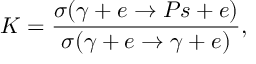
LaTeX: { \cal K } = \frac { \sigma ( \gamma + e \rightarrow P s + e ) } { \sigma ( \gamma + e \rightarrow \gamma + e ) } ,